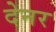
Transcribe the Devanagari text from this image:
देनर